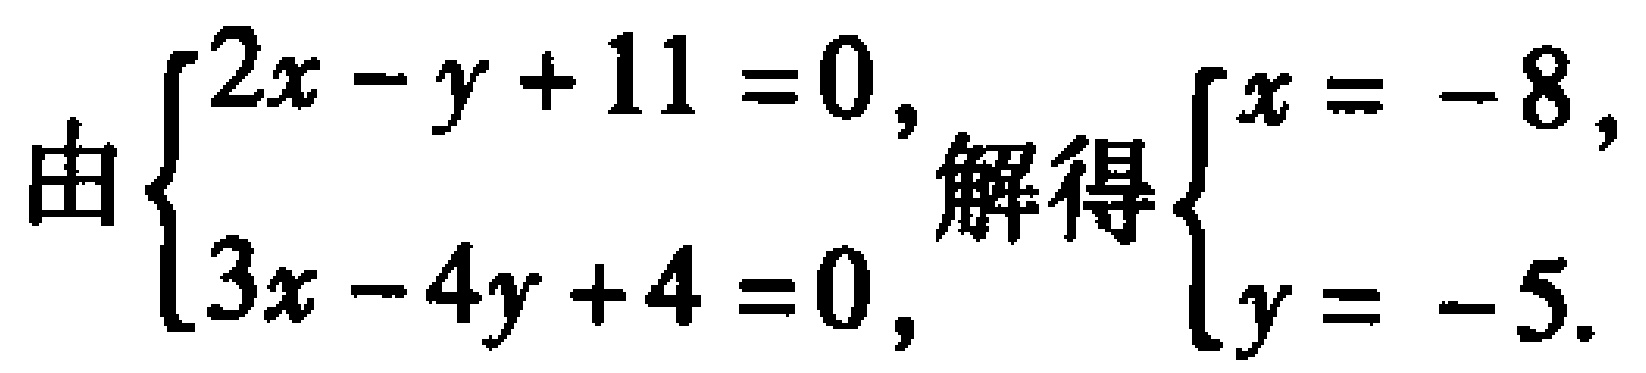
由\(\begin{cases}2x - y + 11 = 0,\\3x - 4y + 4 = 0,\end{cases}\)解得\(\begin{cases}x = - 8,\\y = - 5.\end{cases}\)